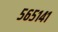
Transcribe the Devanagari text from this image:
५६५१४१